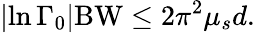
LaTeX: \left|\ln{\Gamma_{0}}\right|\mathrm{BW}\leq 2\pi^{2}\mu_{s}d.